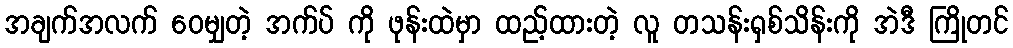
အချက်အလက် ဝေမျှတဲ့ အက်ပ် ကို ဖုန်းထဲမှာ ထည့်ထားတဲ့ လူ တသန်းရှစ်သိန်းကို အဲဒီ ကြိုတင်